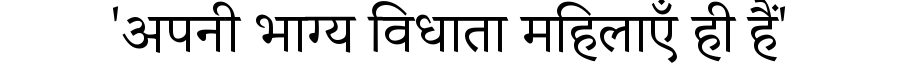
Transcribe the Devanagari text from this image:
'अपनी भाग्य विधाता महिलाएँ ही हैं'